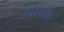
વાકવાડા